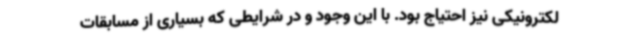
لکترونیکی نیز احتیاج بود. با این وجود و در شرایطی که بسیاری از مسابقات